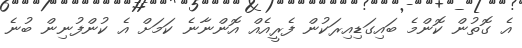
އެ ގޮތުން ކޮންމެ ބައިގަޑިއިރަކުން ފެރީއެއް އޮންނާނެ ކަމަށް އެ ކުންފުނިން ބުނެ